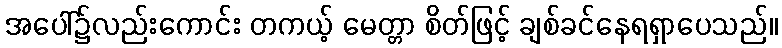
အပေါ်၌လည်းကောင်း တကယ့် မေတ္တာ စိတ်ဖြင့် ချစ်ခင်နေရရှာပေသည်။